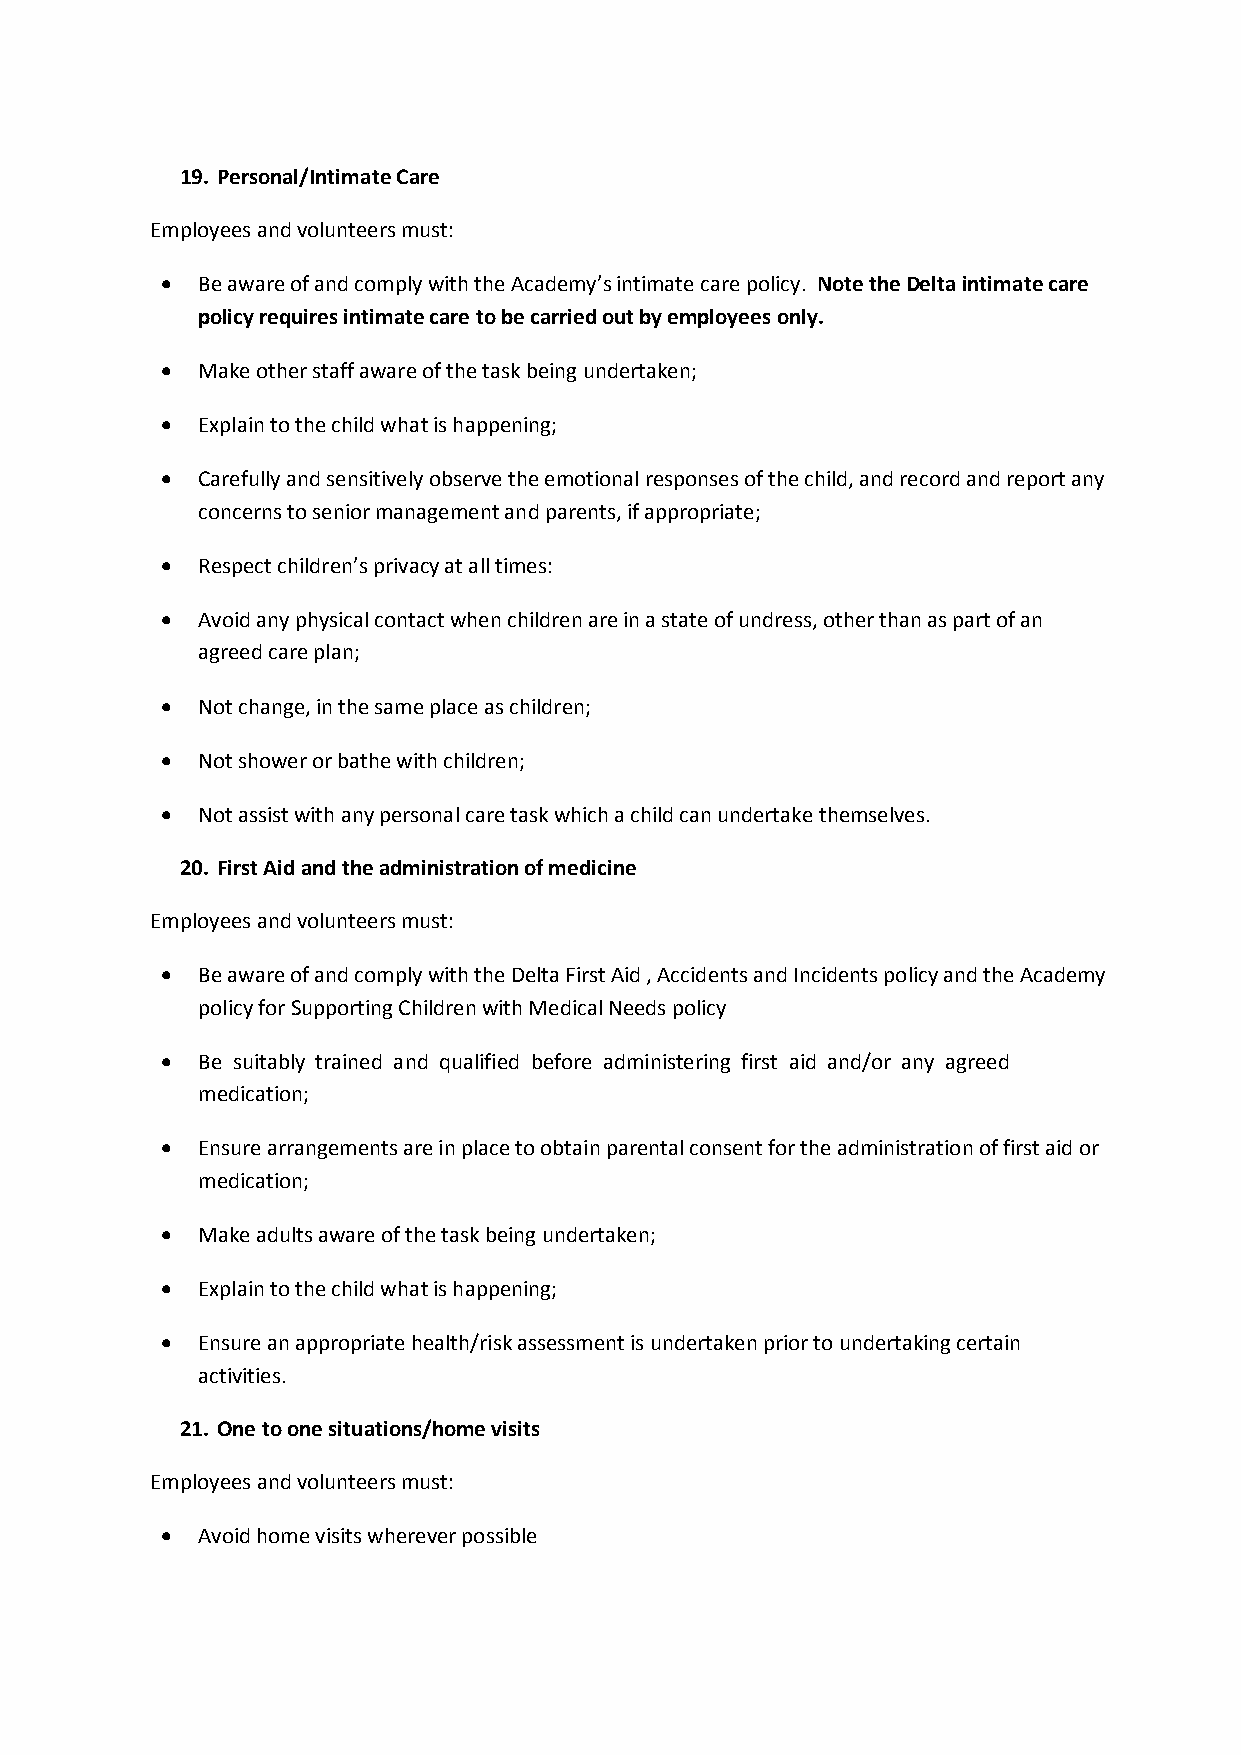
19. Personal/Intimate Care
 Employees and volunteers must:
  Be aware of and comply with the Academy’s intimate care policy. Note the Delta intimate care
 policy requires intimate care to be carried out by employees only.
  Make other staff aware of the task being undertaken;
  Explain to the child what is happening;
  Carefully and sensitively observe the emotional responses of the child, and record and report any
 concerns to senior management and parents, if appropriate;
  Respect children’s privacy at all times:
  Avoid any physical contact when children are in a state of undress, other than as part of an
 agreed care plan;
  Not change, in the same place as children;
  Not shower or bathe with children;
  Not assist with any personal care task which a child can undertake themselves.
 20. First Aid and the administration of medicine
 Employees and volunteers must:
  Be aware of and comply with the Delta First Aid , Accidents and Incidents policy and the Academy
 policy for Supporting Children with Medical Needs policy
  Be suitably trained and qualified before administering first aid and/or any agreed
 medication;
  Ensure arrangements are in place to obtain parental consent for the administration of first aid or
 medication;
  Make adults aware of the task being undertaken;
  Explain to the child what is happening;
  Ensure an appropriate health/risk assessment is undertaken prior to undertaking certain
 activities.
 21. One to one situations/home visits
 Employees and volunteers must:
  Avoid home visits wherever possible